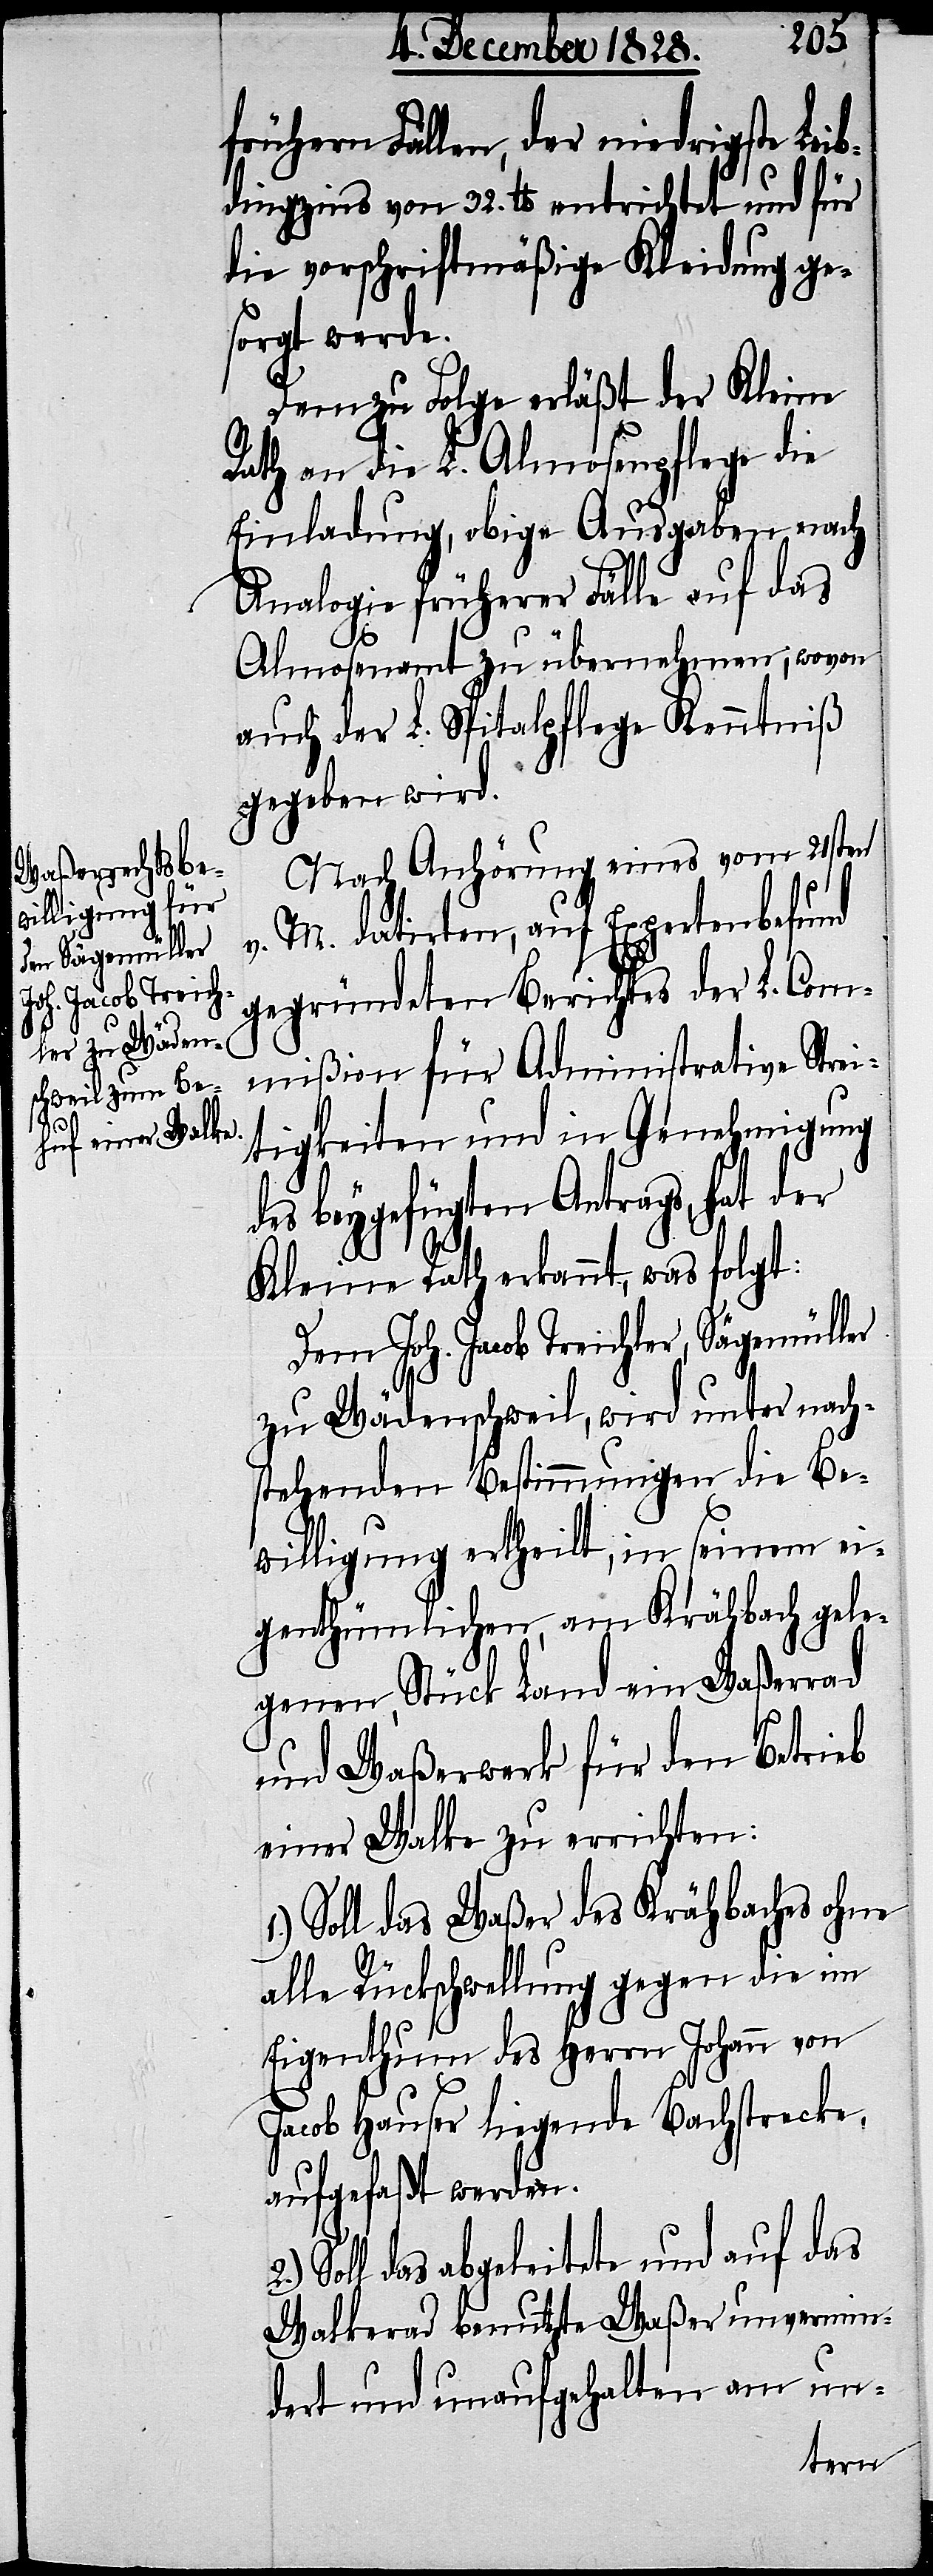
frühern Fällen, der niedrigste Leib¬
dingzins von 32. lb. entrichtet und für
die vorschriftmäßige Kleidung ge¬
sorgt werde.
Dem zu Folge erläßt der Kleine
Rath an die L. Almosenpflege die
Einladung, obige Ausgaben nach
Analogie früherer Fälle auf das
Almosenamt zu übernehmen, wovon
auch der L. Spitalpflege Kenntniß
gegeben wird.
Nach Anhörung eines vom 21sten
v. M. datirten, auf Expertenbefund
gegründeten Berichtes der L. Com¬
mißion für Administrative Strei¬
tigkeiten und in Genehmigung
beygefügten Antrags, hat der
Kleine Rath erkannt, was folgt:
Dem Joh. Jacob Treichler, Sägemüller
zu Wädenschweil, wird unter nach¬
stehenden Bestimmungen die Be¬
willigung ertheilt, in seinem ei¬
genthümlichen, am Krähbach gele¬
genen, Stück Land ein Waßerrad
und Waßerwerk für den Betrieb
einer Walke zu errichten:
Soll das Waßer des Krähbaches ohne
alle Rückschwellung gegen die im
Eigenthum des Herrn Johann von
Jacob Hauser liegende Bachstrecke,
aufgefaßt werden.
Soll das abgeleitete und auf das
Walkerad benutzte Waßer unvermin¬
dert und unaufgehalten am un-